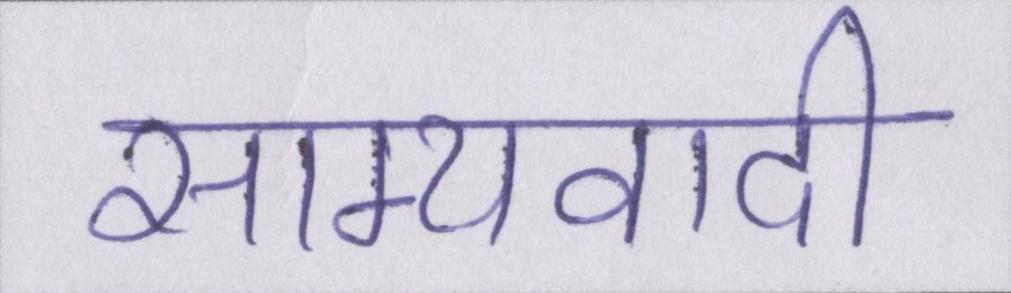
साम्यवादी